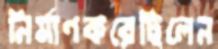
নির্মাণকরেছিলেন